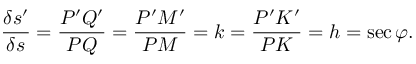
{ \frac { \delta s ^ { \prime } } { \delta s } } = { \frac { P ^ { \prime } Q ^ { \prime } } { P Q } } = { \frac { P ^ { \prime } M ^ { \prime } } { P M } } = k = { \frac { P ^ { \prime } K ^ { \prime } } { P K } } = h = \sec \varphi .